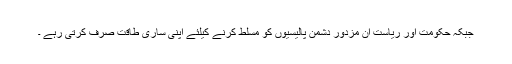
جبکہ حکومت اور ریاست ان مزدور دشمن پالیسیوں کو مسلط کرنے کیلئے اپنی ساری طاقت صرف کرتی رہے ۔